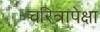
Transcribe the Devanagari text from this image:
चरित्रापेक्षा